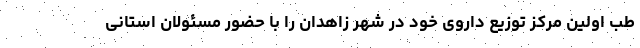
طب اولین مرکز توزیع داروی خود در شهر زاهدان را با حضور مسئولان استانی